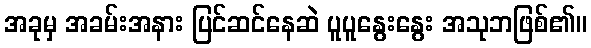
အခုမှ အခမ်းအနား ပြင်ဆင်နေဆဲ ပူပူနွေးနွေး အသုဘဖြစ်၏။